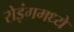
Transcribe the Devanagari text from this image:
रोइंगमध्ये